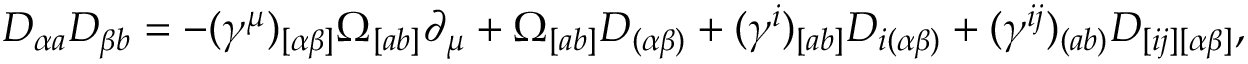
D _ { \alpha a } D _ { \beta b } = - ( \gamma ^ { \mu } ) _ { [ \alpha \beta ] } \Omega _ { [ a b ] } \partial _ { \mu } + \Omega _ { [ a b ] } D _ { ( \alpha \beta ) } + ( \gamma ^ { i } ) _ { [ a b ] } D _ { i ( \alpha \beta ) } + ( \gamma ^ { i j } ) _ { ( a b ) } D _ { [ i j ] [ \alpha \beta ] } ,